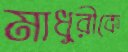
মাধুরীকে